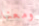
ومعنا